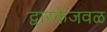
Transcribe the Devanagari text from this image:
द्वारकेजवळ